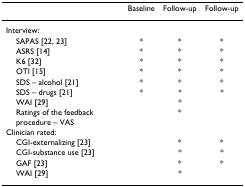
<table><thead><tr><td></td><td><b>Baseline</b></td><td><b>Follow-up</b></td><td><b>Follow-up</b></td></tr></thead><tbody><tr><td>Interview:</td><td></td><td></td><td></td></tr><tr><td> SAPAS [22, 23]</td><td>*</td><td>*</td><td>*</td></tr><tr><td> ASRS [14]</td><td>*</td><td>*</td><td>*</td></tr><tr><td> K6 [32]</td><td>*</td><td>*</td><td>*</td></tr><tr><td> OTI [15]</td><td>*</td><td>*</td><td>*</td></tr><tr><td> SDS – alcohol [21]</td><td>*</td><td>*</td><td>*</td></tr><tr><td> SDS – drugs [21]</td><td>*</td><td>*</td><td>*</td></tr><tr><td> WAI [29]</td><td></td><td>*</td><td></td></tr><tr><td> Ratings of the feedback procedure – VAS</td><td></td><td>*</td><td></td></tr><tr><td>Clinician rated:</td><td></td><td></td><td></td></tr><tr><td> CGI-externalizing [23]</td><td></td><td>*</td><td>*</td></tr><tr><td> CGI-substance use [23]</td><td></td><td>*</td><td>*</td></tr><tr><td> GAF [23]</td><td></td><td>*</td><td>*</td></tr><tr><td> WAI [29]</td><td></td><td>*</td><td></td></tr></tbody></table>